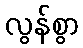
လွန်စွာ